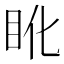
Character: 𥄒